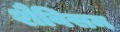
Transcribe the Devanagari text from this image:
शैविसम